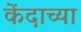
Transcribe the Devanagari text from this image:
केंदाच्या